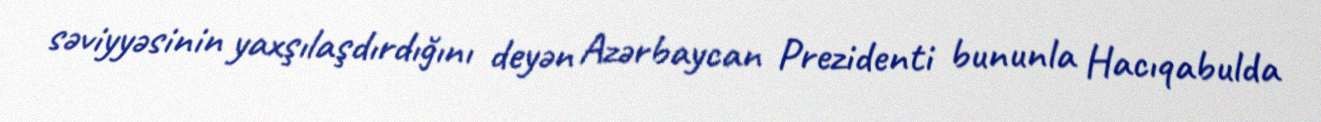
səviyyəsinin yaxşılaşdırdığını deyən Azərbaycan Prezidenti bununla Hacıqabulda